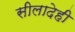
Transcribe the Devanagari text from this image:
सीलादेही